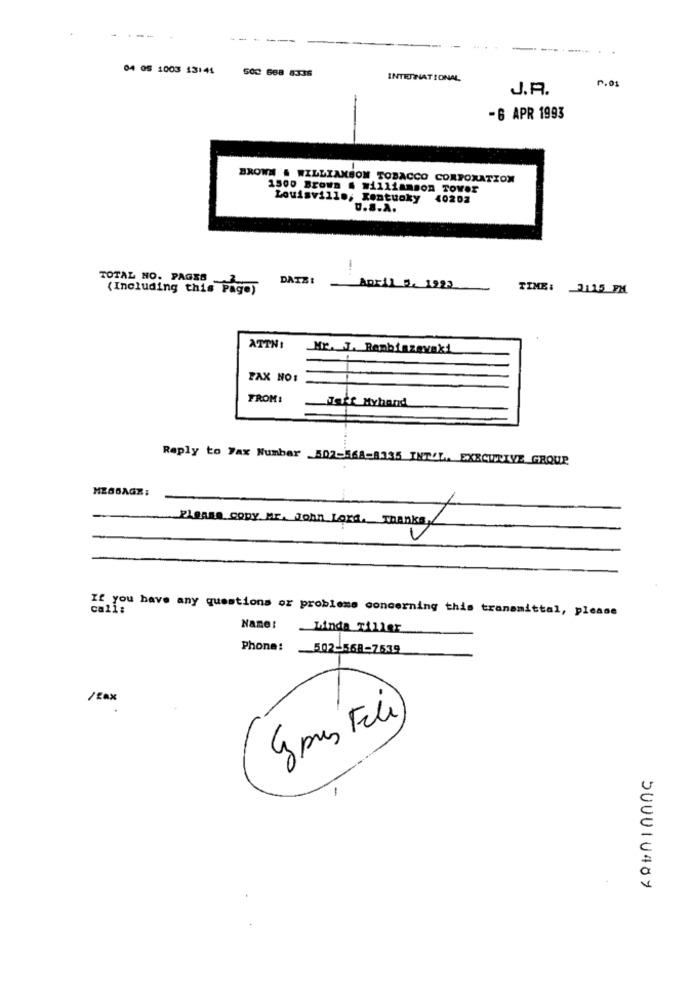
----
---
04 05 1003 13141
502 668 8335
INTERNATIONAL
0.01
J.R.
-6 APR 1993
BROWN # WILLIAMSON TOBACCO CORPORATION
1500 Brown . williamBOR TOVER
Louisville, Kentucky 40202
U.S.A.
TOTAL NO. PAGES
DATE :
(Including this Page)
April 5, 1923
TIME: 2115 PM
ATTN:
Mr. T. Renbiszavaki
PAX NO:
FROM:
Jeff Myhand
Reply to Fax Number 502-1168-8135 INT'L. EXECUTIVE GROUP
MESSAGE:
PLEASE CODY Mr. John Lors. Thanks,
call:
If you have any questions or probleme concerning this transmittal, please
Name:
Linda Tiller
Phone: 502-568-7539
/Eax
E pres Feli
SUUDIVAGY